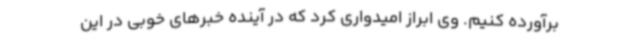
برآورده کنیم. وی ابراز امیدواری کرد که در آینده خبرهای خوبی در این